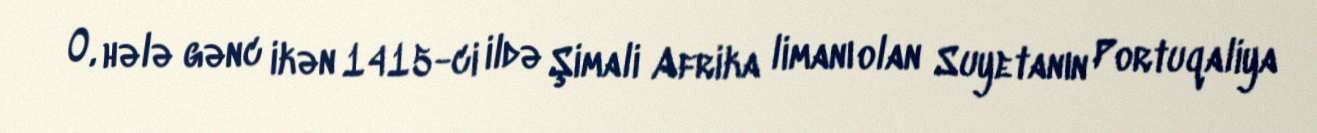
O, hələ gənc ikən 1415-ci ildə Şimali Afrika limanı olan Suyetanın Portuqaliya